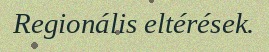
Regionális eltérések.